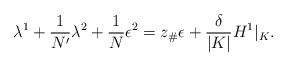
LaTeX: \begin{align*}\lambda^{1} + \frac{1}{N'} \lambda^{2} + \frac{1}{N} \epsilon^{2} = z_\#\epsilon + \frac{\delta}{|K|} H^1|_K.\end{align*}